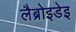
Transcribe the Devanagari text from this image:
लैब्रोइडेइ